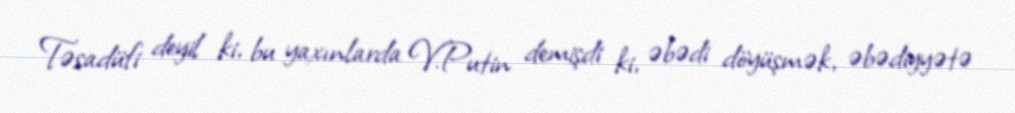
Təsadüfi deyil ki, bu yaxınlarda V.Putin demişdi ki, əbədi döyüşmək, əbədiyyətə